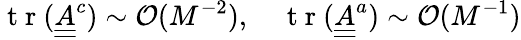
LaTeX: \mathrm{~t~r~}(\underline{{\underline{{A}}}}^{c})\sim\mathcal{O}(M^{-2}),\quad\mathrm{~t~r~}(\underline{{\underline{{A}}}}^{a})\sim\mathcal{O}(M^{-1})